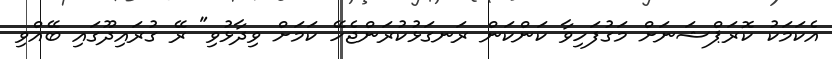
އެކަމަކު ކޮރަޕްޝަނަށް މަގުފަހިވާ ކަންކަން ރަނގަޅުކުރަންޖެހޭ ކަމަށް ވިދާޅުވި" ރޭ ގުރައިދޫގައި ބޭއްވި